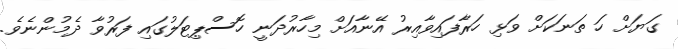
ގަޔަށް ހަ ތަނަކަށް ވަޅި ހަރާފައިވާއިރު އޭނާއަށް މިހާރުދަނީ ހޮސްޕިޓަލުގައި ފަރުވާ ދެމުންނެވެ.